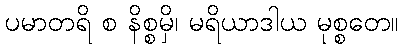
ပမာတရိ စ နိစ္စမှိ၊ မရိယာဒါယ မုစ္စတေ။